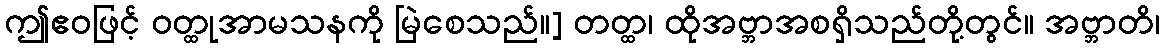
ဤဧဝဖြင့် ဝတ္ထုအာမသနကို မြဲစေသည်။] တတ္ထ၊ ထိုအဗ္ဘာအစရှိသည်တို့တွင်။ အဗ္ဘာတိ၊